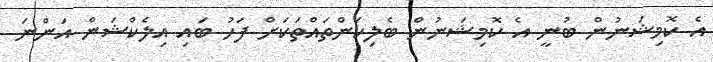
އެ ކޮމިޝަނުން ބުނީ އެ ކޮމިޝަނުން ބެލިކަންތައްތަކަށް ފަހު ބައި އިލެކްޝަން އަންނަ